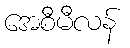
အေစီမီလန်